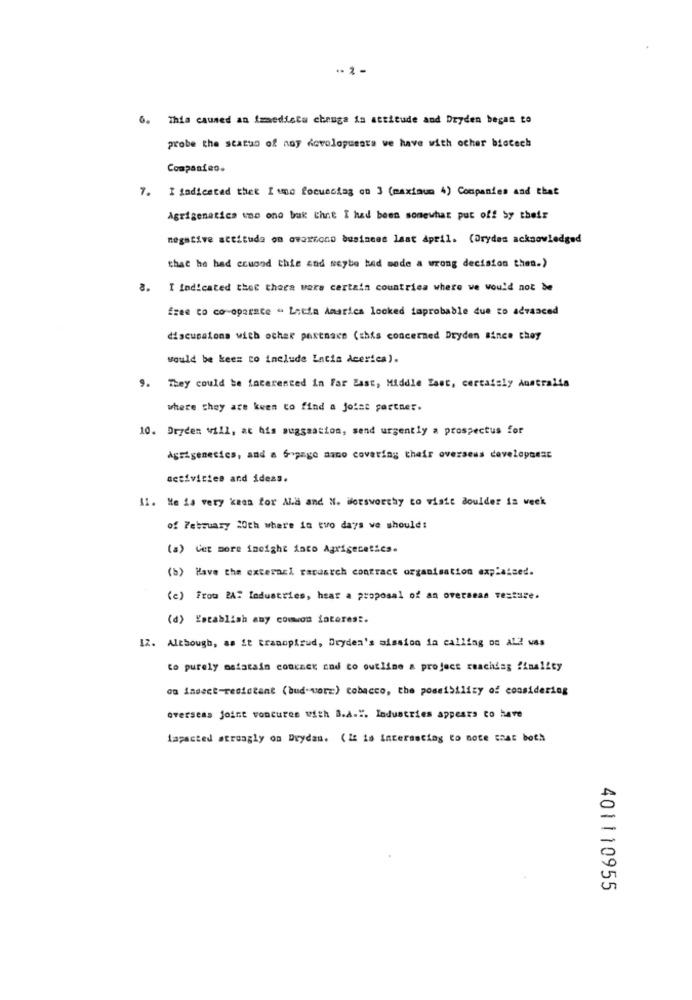
.. 2 -
6. Thia caused an immediate chruga is attitude and Dryden began to
probe the status of nay Acvalopuesta we have with ocher biotech
Companies.
7. I indicated that Iums focusing on ] (maximum 4) Companies and that
Agrigenatica une one buk Chne I had been somewhat put off by their
negative actitude on ovarrono business last April. (Drydas acknowledged
that he had crugod this sad seybe bad mode a wrong decision then.)
8. I Indicated thee thers wara certain countries where we would not be
free to co-operate " Latia Amarica locked faprobable due to advanced
discussions with ocher pestnace (this concerned Dryden since they
would be kee= to include Latin deerica).
9. They could be facarented in far Last, Middle East, certainly Australia
where they are kwen to find a joist partner.
10. Dryden will, at his muagaation, send urgently a prospectus for
Agrigenetics, and a Gopago mano covering their overseas development
activities and ideas.
11. He is very kees for ALa and N. Wlorsworthy to visit Boulder is week
of February 20th where in two days we should:
(a) Cet more ineight into Agrigecetics.
(b) Have the external racesich contract organisation exp:aised.
(c) frou PAT lodustries, hear a proposal of an overseas Testare.
(a) Establish amy common fatores :.
IZ. Although, as it transpirud, Dryden's alssico ia calling on All was
to purely matatain contact cad co outline a project reachdag finality
ou indect-resistant (bud-vorm:) cobacco, the possibility of considering
overseas joint voncures with B.A.". Industries appears to have
lapacted atroagly on Drydas. ( It is interesting to note that both
401110955